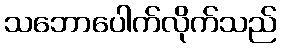
သဘောပေါက်လိုက်သည်